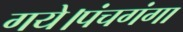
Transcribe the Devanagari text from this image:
गये।पंचगंगा